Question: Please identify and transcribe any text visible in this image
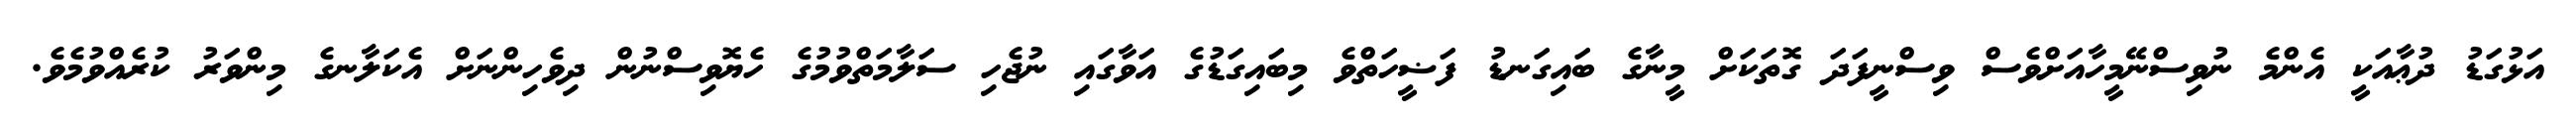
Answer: އަޅުގަޑު ދުޢާއަކީ އެންމެ ނުވިސްނޭމީހާއަށްވެސް ވިސްނީފަދަ ގޮތަކަށް މީނާގެ ބައިގަނޑު ފަޟީހަތްވެ މިބައިގަޑުގެ އަވާގައި ނުޖެހި ސަލާމަތްވުމުގެ ހެޔޮވިސްނުން ދިވެހިންނަށް އެކަލާނގެ މިންވަރު ކުރެއްވުމެވެ.